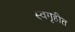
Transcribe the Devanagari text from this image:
स्वगृहीत